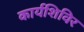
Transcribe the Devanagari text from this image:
कार्यशिविर